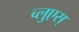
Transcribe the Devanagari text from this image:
च्लुएस्